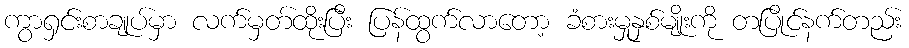
ကွာရှင်းစာချုပ်မှာ လက်မှတ်ထိုးပြီး ပြန်ထွက်လာတော့ ခံစားမှုနှစ်မျိုးကို တပြိုင်နက်တည်း